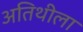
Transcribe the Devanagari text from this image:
अतिथीला